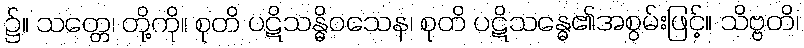
၌။ သတ္တေ၊ တို့ကို။ စုတိ ပဋိသန္ဓိဝသေန၊ စုတိ ပဋိသန္ဓေ၏အစွမ်းဖြင့်။ သိဗ္ဗတိ၊